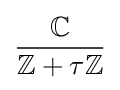
{\frac {\mathbb {C} }{\mathbb {Z} +\tau \mathbb {Z} }}